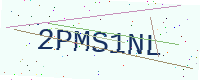
Text: 2PMS1NL